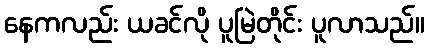
နေကလည်း ယခင်လို ပူမြဲတိုင်း ပူလာသည်။